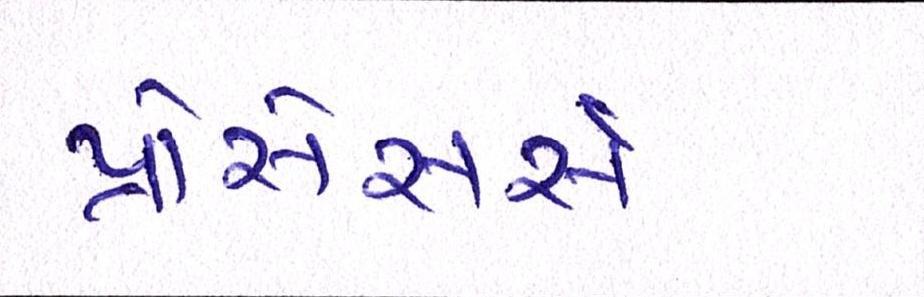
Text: પ્રોસેસર્સ